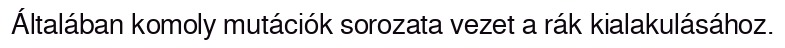
Általában komoly mutációk sorozata vezet a rák kialakulásához.